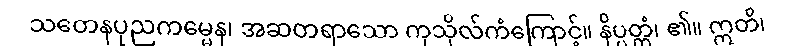
သတေနပုညကမ္မေန၊ အဆတရာသော ကုသိုလ်ကံကြောင့်။ နိပ္ပတ္တံ၊ ၏။ ဣတိ၊